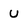
Character: U